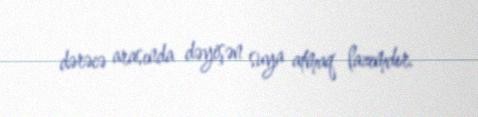
dərəcə arasında dəyişən suya atmaq lazımdır.